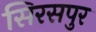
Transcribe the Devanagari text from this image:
सिरसपुर